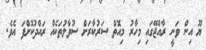
ޔޫ އިން ވަނީ ރާއްޖޭގައި މިހާރު މިއޮތް ސަރުކާރަށް ސުވާލުތަކެއް ރައްދުކޮށްފަ އެވެ.